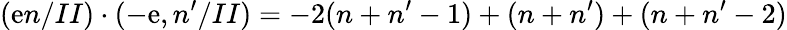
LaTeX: (\mathrm{e}n/II)\cdot(-\mathrm{e},n^{\prime}/II)=-2(n+n^{\prime}-1)+(n+n^{\prime})+(n+n^{\prime}-2)